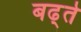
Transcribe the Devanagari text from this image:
बढ्ते